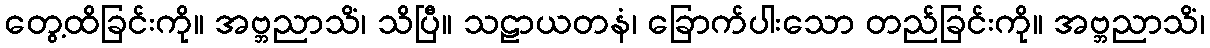
တွေ့ထိခြင်းကို။ အဗ္ဘညာသိံ၊ သိပြီ။ သဠာယတနံ၊ ခြောက်ပါးသော တည်ခြင်းကို။ အဗ္ဘညာသိံ၊